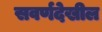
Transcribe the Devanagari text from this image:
सवर्णदेखील